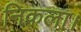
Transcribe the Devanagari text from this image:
निकला।